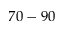
7 0 - 9 0